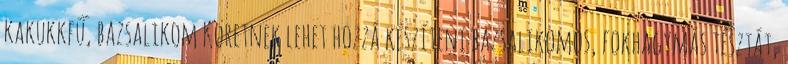
kakukkfű, bazsalikom Köretnek lehet hozzá készíteni bazsalikomos, fokhagymás tésztát,